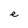
Character: e